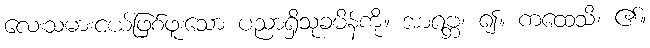
လေးသမားငယ်ဖြစ်ဖူးသော ပညာရှိသုခမိန်ကို။ အာရဗ္ဘ၊ ၍။ ကထေသိ၊ ၏။